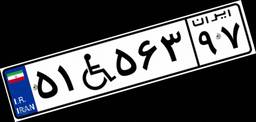
۱۲W۶۲۲۲۹